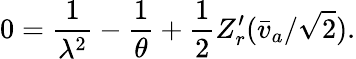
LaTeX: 0={\frac{1}{\lambda^{2}}}-{\frac{1}{\theta}}+{\frac{1}{2}}Z_{r}^{\prime}(\bar{v}_{a}/\sqrt{2}).